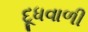
દૂધવાળી